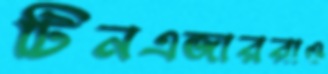
টিনএজাররাও